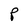
Character: P